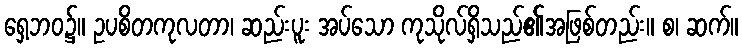
ရှေ့ဘဝ၌။ ဥပစိတကုလတာ၊ ဆည်းပူး အပ်သော ကုသိုလ်ရှိသည်၏အဖြစ်တည်း။ စ၊ ဆက်။